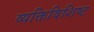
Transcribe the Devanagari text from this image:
व्यक्तिविशिष्ट